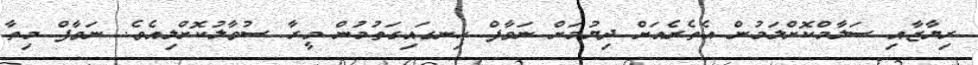
ރިޔާޒާއި ސަލާމްކޮށްލަމުން އެތެރެއަށް ދިޔުމަށް ނަވާފް ހިނގައިގަތުމުން މީރާ ސުވާލުކޮށްލިއެވެ. ނަވާފް މިތާ